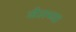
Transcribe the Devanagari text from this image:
जेलच्या